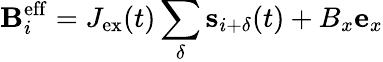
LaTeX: {\mathbf B}_{i}^{\mathrm{eff}}=J_{\mathrm{ex}}(t)\sum_{\delta}{\mathbf s}_{i+\delta}(t)+B_{x}{\mathbf e}_{x}